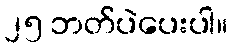
၂၅ ဘတ်ပဲပေးပါ။